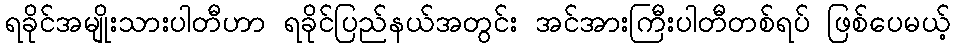
ရခိုင်အမျိုးသားပါတီဟာ ရခိုင်ပြည်နယ်အတွင်း အင်အားကြီးပါတီတစ်ရပ် ဖြစ်ပေမယ့်